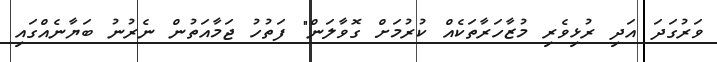
ވަރުގަދަ އަދި ރުޅިވެރި މުޒާހަރާތަކެއް ކުރުމަށް ގޮވާލަން" ފަތުހު ޖަމާއަތުން ނެރުނު ބަޔާނެއްގައި